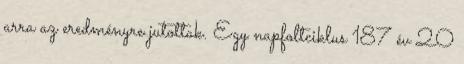
arra az eredményre jutottak. Egy napfoltciklus 187 év 20